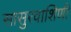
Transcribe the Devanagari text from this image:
सासुरवाशिणी